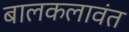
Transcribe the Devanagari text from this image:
बालकलावंत